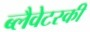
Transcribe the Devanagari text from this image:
ब्लैवेटस्की